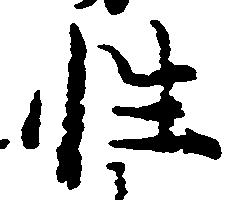
性